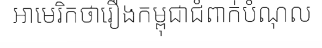
អាមេរិកថារឿងកម្ពុជាជំពាក់បំណុល